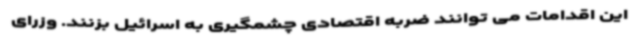
این اقدامات می توانند ضربه اقتصادی چشمگیری به اسرائیل بزنند. وزرای